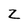
Character: C